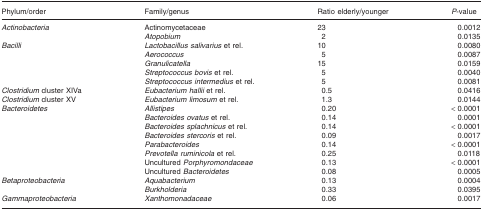
<table><thead><tr><td><b>Phylum/order</b></td><td><b>Family/genus</b></td><td><b>Ratio elderly/younger</b></td><td><b><i>P</i>-value</b></td></tr></thead><tbody><tr><td><i>Actinobacteria</i></td><td>Actinomycetaceae</td><td>23</td><td>0.0012</td></tr><tr><td></td><td><i>Atopobium</i></td><td>2</td><td>0.0135</td></tr><tr><td><i>Bacilli</i></td><td><i>Lactobacillus salivarius</i> et rel.</td><td>10</td><td>0.0080</td></tr><tr><td></td><td><i>Aerococcus</i></td><td>5</td><td>0.0087</td></tr><tr><td></td><td><i>Granulicatella</i></td><td>15</td><td>0.0159</td></tr><tr><td></td><td><i>Streptococcus bovis</i> et rel.</td><td>5</td><td>0.0040</td></tr><tr><td></td><td><i>Streptococcus intermedius</i> et rel.</td><td>5</td><td>0.0081</td></tr><tr><td><i>Clostridium</i> cluster XIVa</td><td><i>Eubacterium hallii</i> et rel.</td><td>0.5</td><td>0.0416</td></tr><tr><td><i>Clostridium</i> cluster XV</td><td><i>Eubacterium limosum</i> et rel.</td><td>1.3</td><td>0.0144</td></tr><tr><td><i>Bacteroidetes</i></td><td><i>Allistipes</i></td><td>0.20</td><td>&lt; 0.0001</td></tr><tr><td></td><td><i>Bacteroides ovatus</i> et rel.</td><td>0.14</td><td>0.0001</td></tr><tr><td></td><td><i>Bacteroides splachnicus</i> et rel.</td><td>0.14</td><td>&lt; 0.0001</td></tr><tr><td></td><td><i>Bacteroides stercoris</i> et rel.</td><td>0.09</td><td>0.0017</td></tr><tr><td></td><td><i>Parabacteroides</i></td><td>0.14</td><td>&lt; 0.0001</td></tr><tr><td></td><td><i>Prevotella ruminicola</i> et rel.</td><td>0.25</td><td>0.0118</td></tr><tr><td></td><td>Uncultured <i>Porphyromondaceae</i></td><td>0.13</td><td>&lt; 0.0001</td></tr><tr><td></td><td>Uncultured <i>Bacteroidetes</i></td><td>0.08</td><td>0.0005</td></tr><tr><td><i>Betaproteobacteria</i></td><td><i>Aquabacterium</i></td><td>0.13</td><td>0.0004</td></tr><tr><td></td><td><i>Burkholderia</i></td><td>0.33</td><td>0.0395</td></tr><tr><td><i>Gammaproteobacteria</i></td><td><i>Xanthomonadaceae</i></td><td>0.06</td><td>0.0017</td></tr></tbody></table>